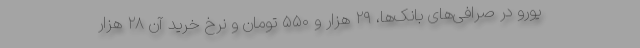
یورو در صرافی‌های بانک‌ها، ۲۹ هزار و ۵۵۰ تومان و نرخ خرید آن ۲۸ هزار